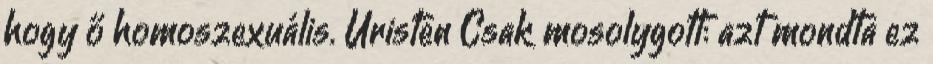
hogy ő homoszexuális. Úristen Csak mosolygott: azt mondta ez